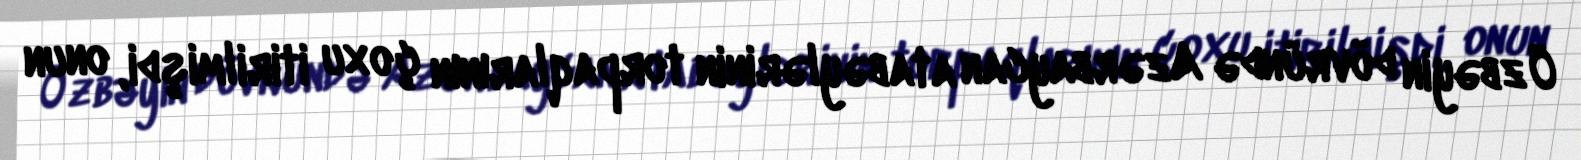
Özbəyin dövründə Azərbaycan atabəylərinin torpaqlarının çoxu itirilmişdi, onun